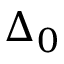
\Delta _ { 0 }